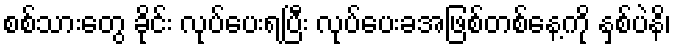
စစ်သားတွေ ခိုင်း လုပ်ပေးရပြီး လုပ်ပေးခအဖြစ်တစ်နေ့ကို နှစ်ပဲနိ၊